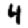
Digit: 4